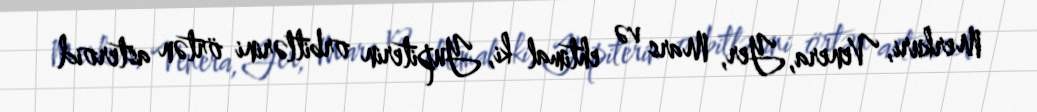
Merkuri, Venera, Yer, Mars və ehtimal ki, Yupiterin orbitlərini örtən asteroid